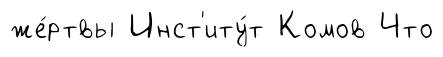
же́ртвы Инст'иту́т Комов Что